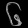
Digit: ၆